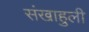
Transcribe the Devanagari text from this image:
संखाहुली